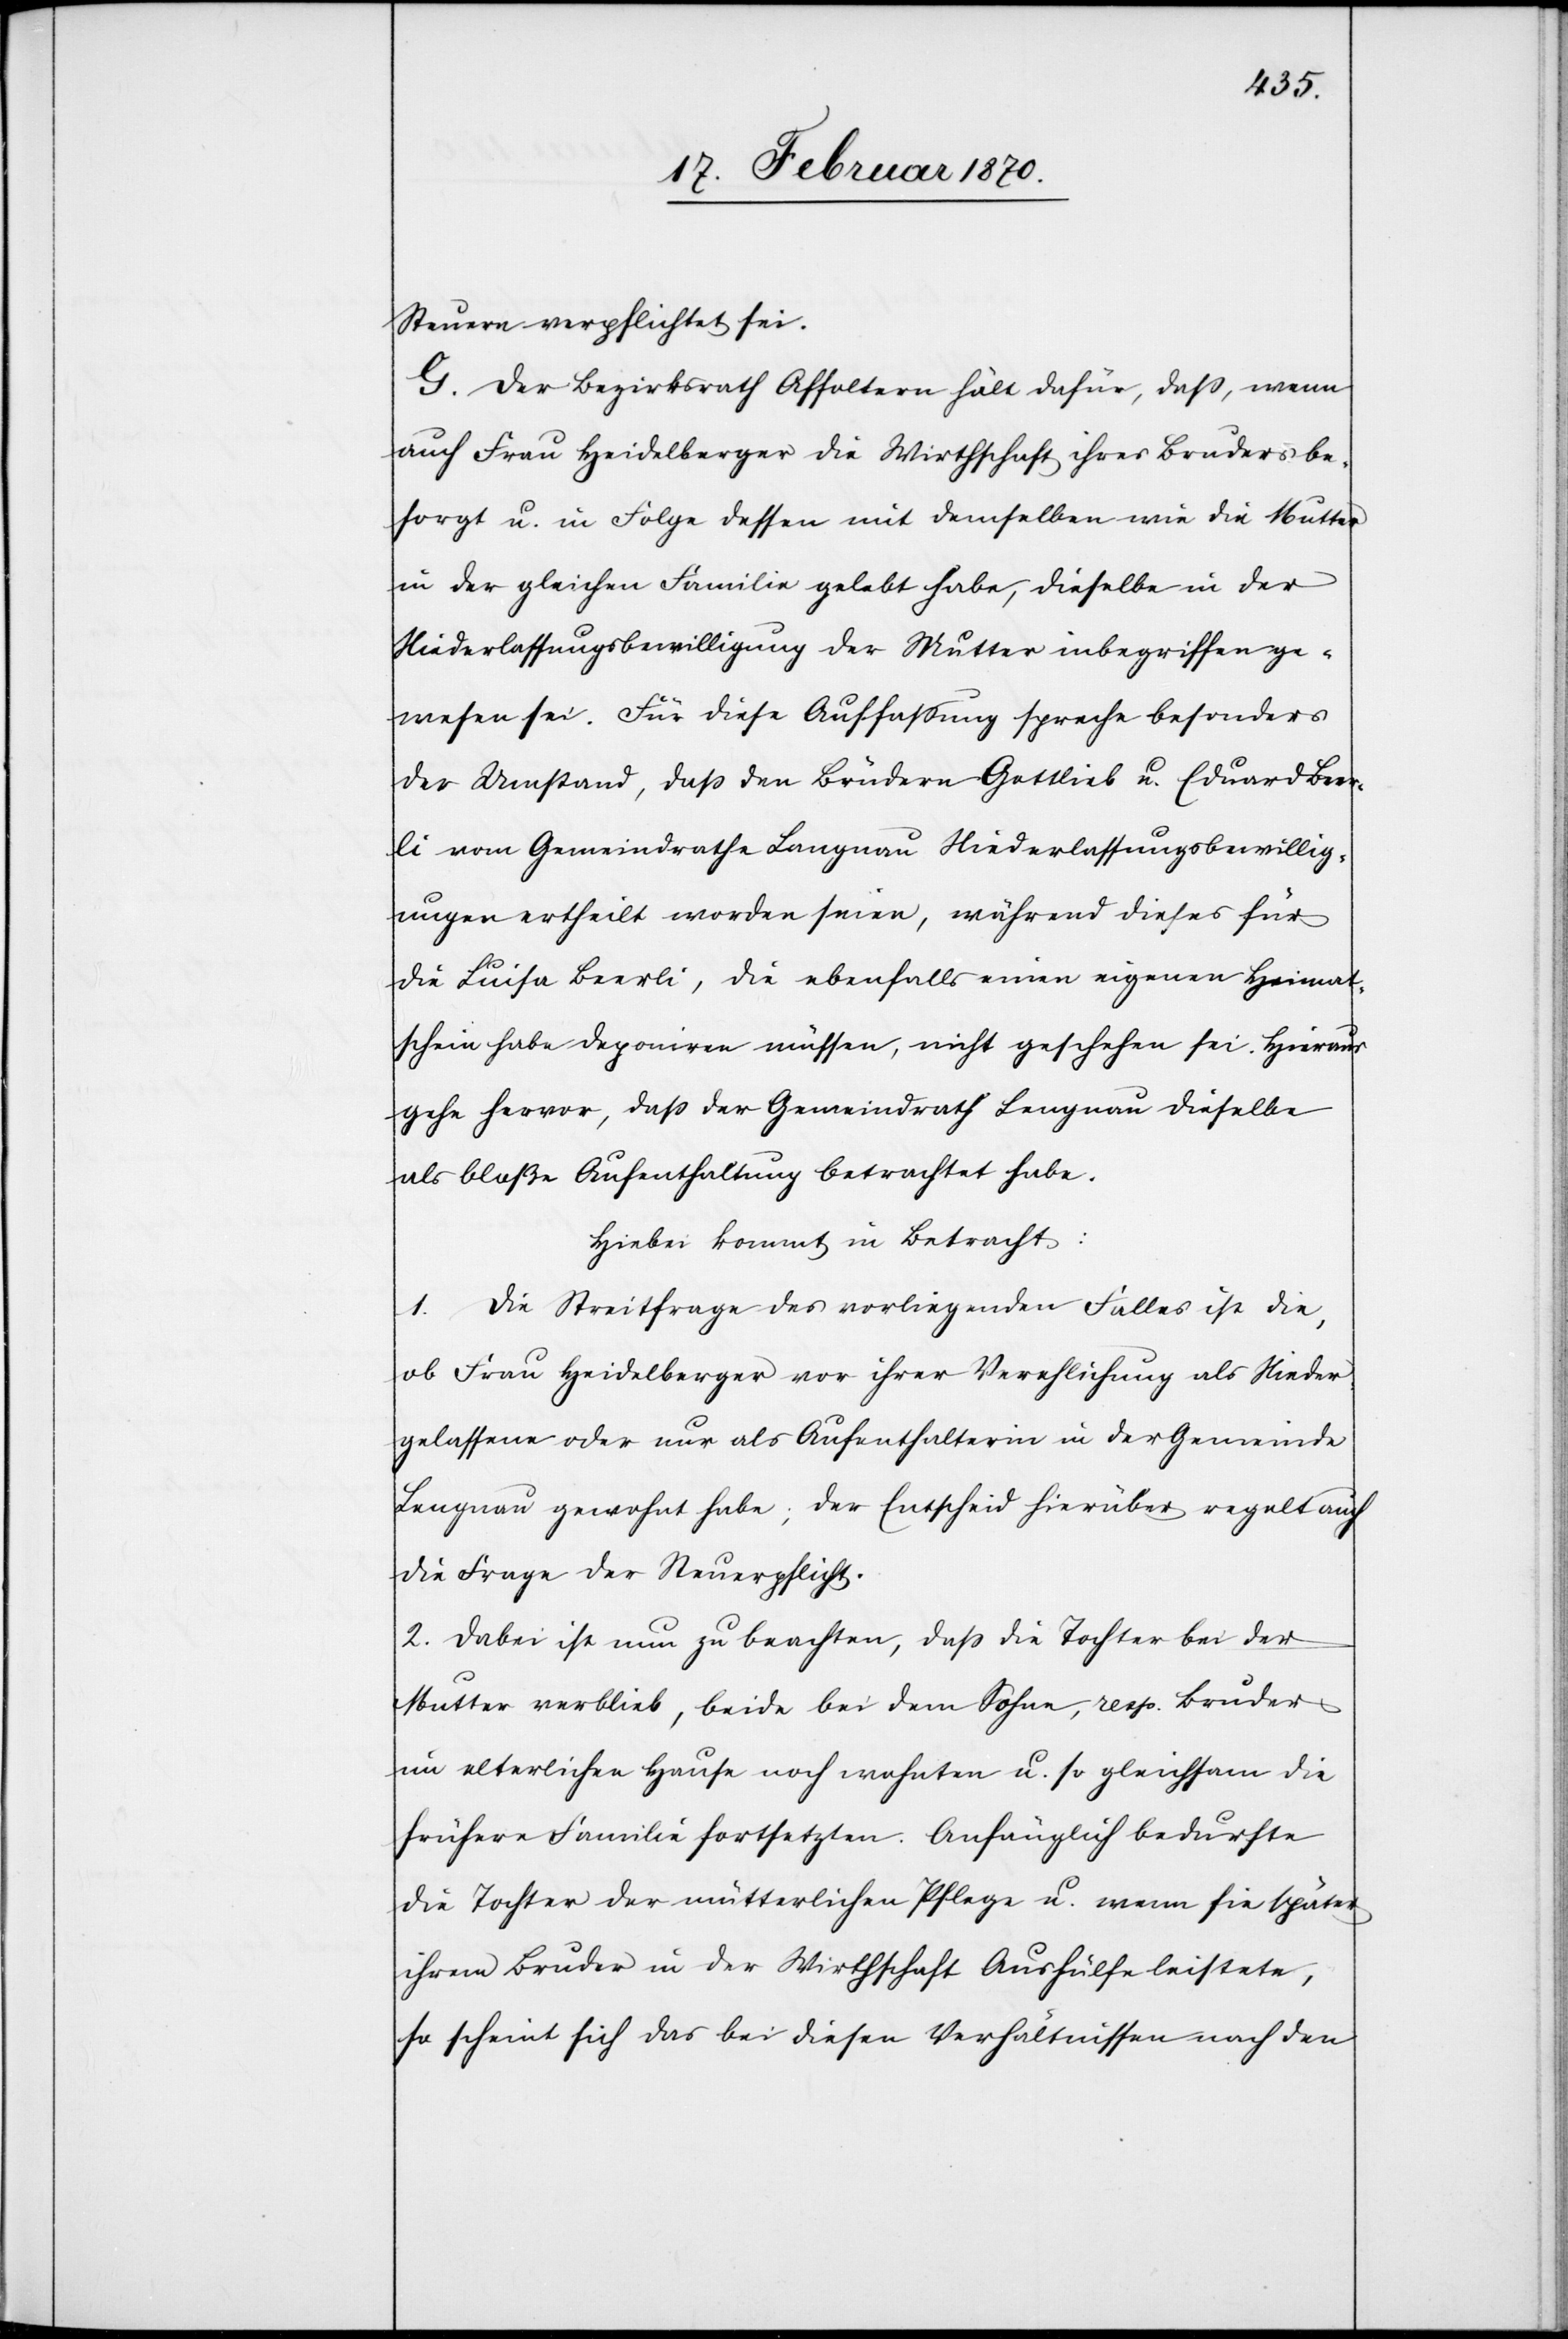
Steuern verpflichtet sei.
G. Der Bezirksrath Affoltern hält dafür, dass, wenn
auch Frau Heidelberger die Wirtschaft ihres Bruders be¬
sorgt u. in Folge dessen mit demselben wie die Mutter
in der gleichen Familie gelebt habe, dieselbe in der
Niederlassungsbewilligung der Mutter inbegriffen ge¬
wesen sei. Für diese Auffassung spreche besonders
der Umstand, dass den Brüdern Gottlieb u. Eduard Beer¬
li vom Gemeindrath Langnau Niederlassungsbewillig¬
ungen ertheilt worden seien, während dieses für
die Luisa Beerli, die ebenfalls einen eigenen Heimat¬
schein habe deponiren müssen, nicht geschehen sei. Hieraus
gehe hervor, dass der Gemeindrath Lengnau dieselbe
als bloße Aufenthaltung betrachtet habe.
Hiebei kommt in Betracht:
1. Die Streitfrage des vorliegenden Falles ist die,
ob Frau Heidelberger vor ihrer Verehlichung als Nieder¬
gelassene oder nur als Aufenthalterin in der Gemeinde
Lengnau gewohnt habe; der Entscheid hierüber regelt auch
die Frage der Steuerpflicht.
2. Dabei ist nun zu beachten, dass die Tochter bei der
Mutter verblieb, beide bei dem Sohne, resp. Bruder
im elterlichen Hause noch wohnten u. so gleichsam die
frühere Familie fortsetzten. Anfänglich bedurfte
die Tochter der mütterlichen Pflege u. wenn sie später
ihrem Bruder in der Wirthschaft Aushülfe leistete,
so scheint sich das bei diesen Verhältnissen nach den